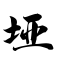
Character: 垭